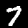
Digit: 7